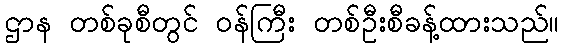
ဌာန တစ်ခုစီတွင် ဝန်ကြီး တစ်ဦးစီခန့်ထားသည်။